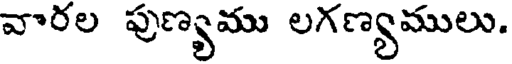
వారల పుణ్యము లగణ్యములు.